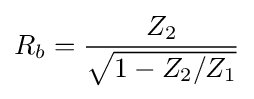
R_{b}={\frac {Z_{2}}{\sqrt {1-Z_{2}/Z_{1}}}}